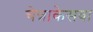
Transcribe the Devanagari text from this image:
चेन्नाकेसवा